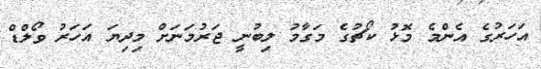
އަހަރުގެ އެންމެ މޮޅު ކޯޗުގެ މަގާމު ލިބުނީ ޖަރުމަނަށް މިދިޔަ އަހަރު ވޯލްޑް